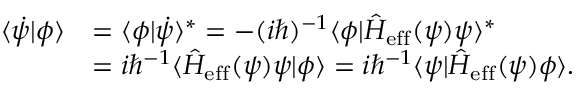
\begin{array} { r l } { \langle \dot { \psi } | \phi \rangle } & { = \langle \phi | \dot { \psi } \rangle ^ { \ast } = - ( i \hbar ) ^ { - 1 } \langle \phi | \hat { H } _ { \mathrm { e f f } } ( \psi ) \psi \rangle ^ { \ast } } \\ & { = i \hbar ^ { - 1 } \langle \hat { H } _ { \mathrm { e f f } } ( \psi ) \psi | \phi \rangle = i \hbar ^ { - 1 } \langle \psi | \hat { H } _ { \mathrm { e f f } } ( \psi ) \phi \rangle . } \end{array}